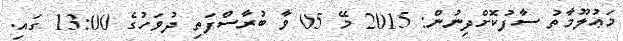
މަޢުލޫމާތު ސާފުކޮށްދިނުން: 2015 މޭ 05 ވާ ބުރާސްފަތި ދުވަހުގެ 13:00 ގައި.